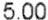
5.00